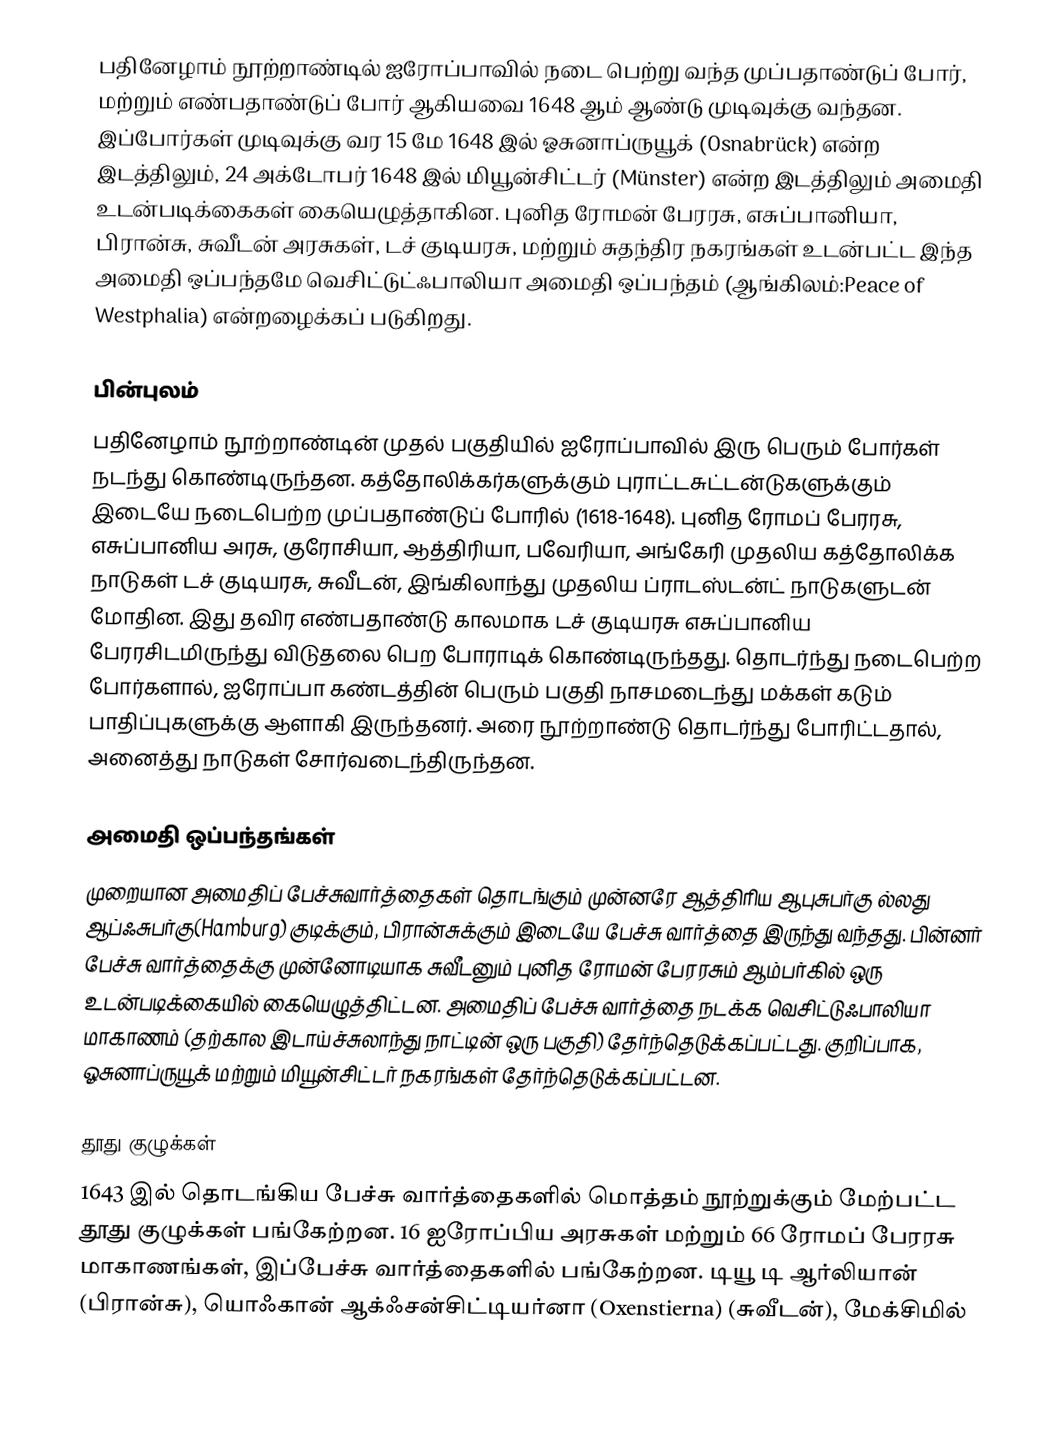
பதினேழாம் நூற்றாண்டில் ஐரோப்பாவில் நடை பெற்று வந்த முப்பதாண்டுப் போர், மற்றும் எண்பதாண்டுப் போர் ஆகியவை 1648 ஆம் ஆண்டு முடிவுக்கு வந்தன. இப்போர்கள் முடிவுக்கு வர 15 மே 1648 இல் ஓசுனாப்ருயூக் (Osnabrück) என்ற இடத்திலும், 24 அக்டோபர் 1648 இல் மியூன்சிட்டர் (Münster) என்ற இடத்திலும் அமைதி உடன்படிக்கைகள் கையெழுத்தாகின. புனித ரோமன் பேரரசு, எசுப்பானியா, பிரான்சு, சுவீடன் அரசுகள், டச் குடியரசு, மற்றும் சுதந்திர நகரங்கள் உடன்பட்ட இந்த அமைதி ஒப்பந்தமே வெசிட்டுட்ஃபாலியா அமைதி ஒப்பந்தம் (ஆங்கிலம்:Peace of Westphalia) என்றழைக்கப் படுகிறது.

பின்புலம்
பதினேழாம் நூற்றாண்டின் முதல் பகுதியில் ஐரோப்பாவில் இரு பெரும் போர்கள் நடந்து கொண்டிருந்தன. கத்தோலிக்கர்களுக்கும் புராட்டசுட்டன்டுகளுக்கும் இடையே நடைபெற்ற முப்பதாண்டுப் போரில் (1618-1648). புனித ரோமப் பேரரசு, எசுப்பானிய அரசு, குரோசியா, ஆத்திரியா, பவேரியா, அங்கேரி முதலிய கத்தோலிக்க நாடுகள் டச் குடியரசு, சுவீடன், இங்கிலாந்து முதலிய ப்ராடஸ்டன்ட் நாடுகளுடன் மோதின. இது தவிர எண்பதாண்டு காலமாக டச் குடியரசு எசுப்பானிய பேரரசிடமிருந்து விடுதலை பெற போராடிக் கொண்டிருந்தது. தொடர்ந்து நடைபெற்ற போர்களால், ஐரோப்பா கண்டத்தின் பெரும் பகுதி நாசமடைந்து மக்கள் கடும் பாதிப்புகளுக்கு ஆளாகி இருந்தனர். அரை நூற்றாண்டு தொடர்ந்து போரிட்டதால், அனைத்து நாடுகள் சோர்வடைந்திருந்தன.

அமைதி ஒப்பந்தங்கள்
முறையான அமைதிப் பேச்சுவார்த்தைகள் தொடங்கும் முன்னரே ஆத்திரிய ஆபுசுபர்கு ல்லது ஆப்ஃசுபர்கு(Hamburg) குடிக்கும், பிரான்சுக்கும் இடையே பேச்சு வார்த்தை இருந்து வந்தது. பின்னர் பேச்சு வார்த்தைக்கு முன்னோடியாக சுவீடனும் புனித ரோமன் பேரரசும் ஆம்பர்கில் ஒரு உடன்படிக்கையில் கையெழுத்திட்டன. அமைதிப் பேச்சு வார்த்தை நடக்க வெசிட்டுஃபாலியா மாகாணம் (தற்கால இடாய்ச்சுலாந்து நாட்டின் ஒரு பகுதி) தேர்ந்தெடுக்கப்பட்டது. குறிப்பாக, ஓசுனாப்ருயூக் மற்றும் மியூன்சிட்டர் நகரங்கள் தேர்ந்தெடுக்கப்பட்டன.

தூது குழுக்கள்
1643 இல் தொடங்கிய பேச்சு வார்த்தைகளில் மொத்தம் நூற்றுக்கும் மேற்பட்ட தூது குழுக்கள் பங்கேற்றன. 16 ஐரோப்பிய அரசுகள் மற்றும் 66 ரோமப் பேரரசு மாகாணங்கள், இப்பேச்சு வார்த்தைகளில் பங்கேற்றன. டியூ டி ஆர்லியான் (பிரான்சு), யொஃகான் ஆக்ஃசன்சிட்டியர்னா (Oxenstierna) (சுவீடன்), மேக்சிமில்